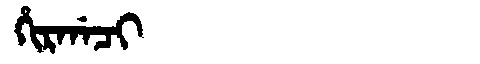
Manchu: ᡥᡳᡵᡤᠠᠴᡳ
Romanization: HIRGACI